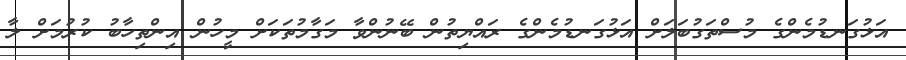
އަޅުގަނޑުމެންގެ މުސްތަގުބަލަށް އަޅުގަނޑުމެންގެ ރައްޔިތުން ބޭނުންވާ މަގާމުތަކަށް މީހުން އިންތިހާބު ކުރުމަށް ލާ